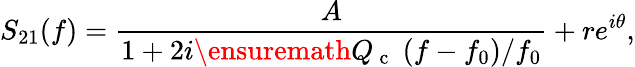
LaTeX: S_{21}(f)=\frac{A}{1+2i\ensuremath{Q_{\mathrm{~c~}}}\; (f-f_{0})/f_{0}}+re^{i\theta},